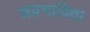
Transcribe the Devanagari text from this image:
अप्रभाविता